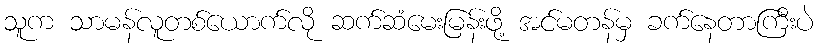
သူက သာမန်လူတစ်ယောက်လို ဆက်ဆံမေးမြန်းဖို့ အင်မတန်မှ ခက်နေတာကြီးပဲ